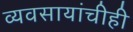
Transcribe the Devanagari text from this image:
व्यवसायांचीही